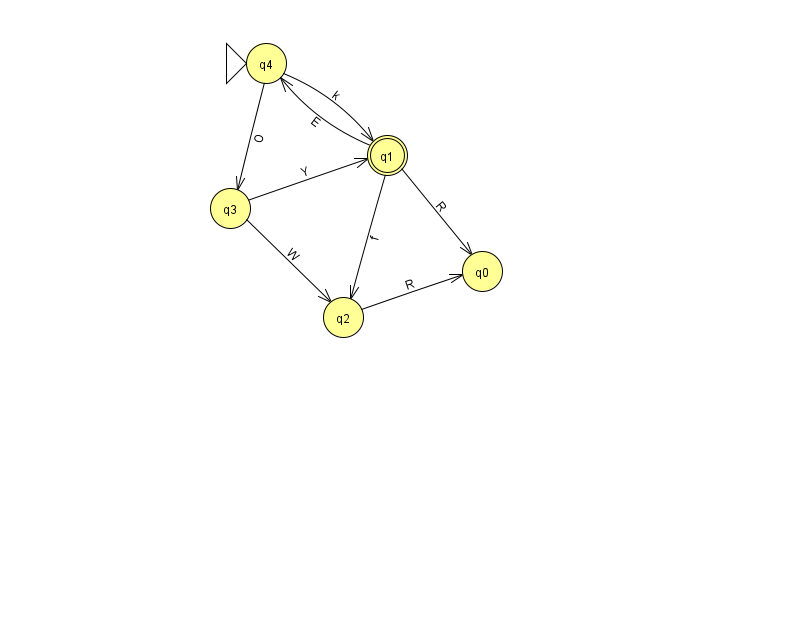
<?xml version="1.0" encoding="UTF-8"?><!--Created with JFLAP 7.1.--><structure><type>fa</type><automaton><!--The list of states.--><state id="0" name="q0"><x>482.0</x><y>258.0</y></state><state id="1" name="q1"><x>387.0</x><y>142.0</y><final/></state><state id="2" name="q2"><x>343.0</x><y>304.0</y></state><state id="3" name="q3"><x>230.0</x><y>195.0</y></state><state id="4" name="q4"><x>266.0</x><y>50.0</y><initial/></state><!--The list of transitions.--><transition><from>1</from><to>0</to><read>R</read></transition><transition><from>1</from><to>2</to><read>f</read></transition><transition><from>4</from><to>1</to><read>k</read></transition><transition><from>3</from><to>1</to><read>Y</read></transition><transition><from>2</from><to>0</to><read>R</read></transition><transition><from>4</from><to>3</to><read>O</read></transition><transition><from>1</from><to>4</to><read>E</read></transition><transition><from>3</from><to>2</to><read>W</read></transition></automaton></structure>